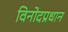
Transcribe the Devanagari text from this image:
विनोदप्रधान